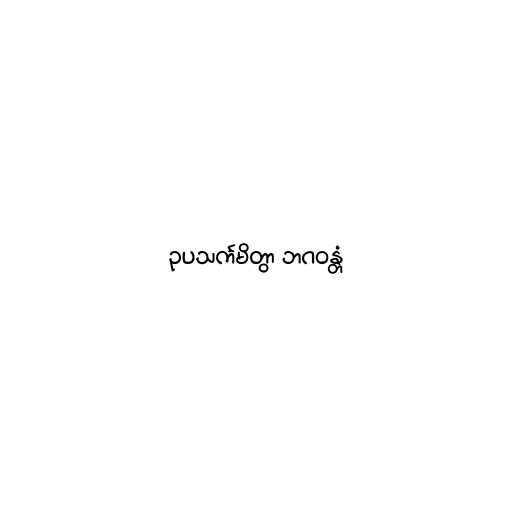
ဥပသင်္ကမိတွာ ဘဂဝန္တံ